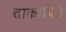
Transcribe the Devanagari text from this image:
ताकापिठे